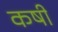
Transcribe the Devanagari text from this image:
कषी